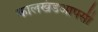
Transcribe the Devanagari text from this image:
कालखंडआपसी